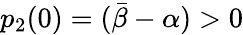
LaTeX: p_{2}(0)=(\bar{\beta}-{\alpha})>0